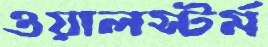
ওয়ালস্টর্ম